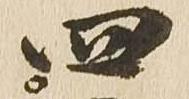
四